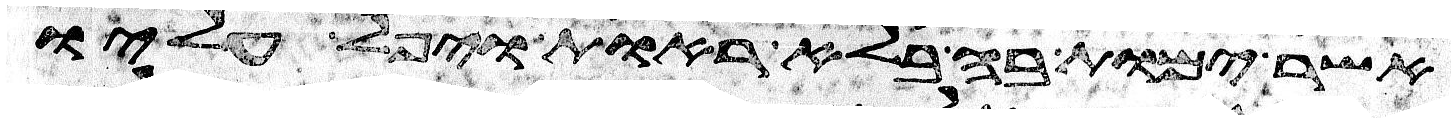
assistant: אשר ימות בה בלא ראות ויפל עליו